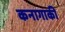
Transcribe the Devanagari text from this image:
कनागाकी